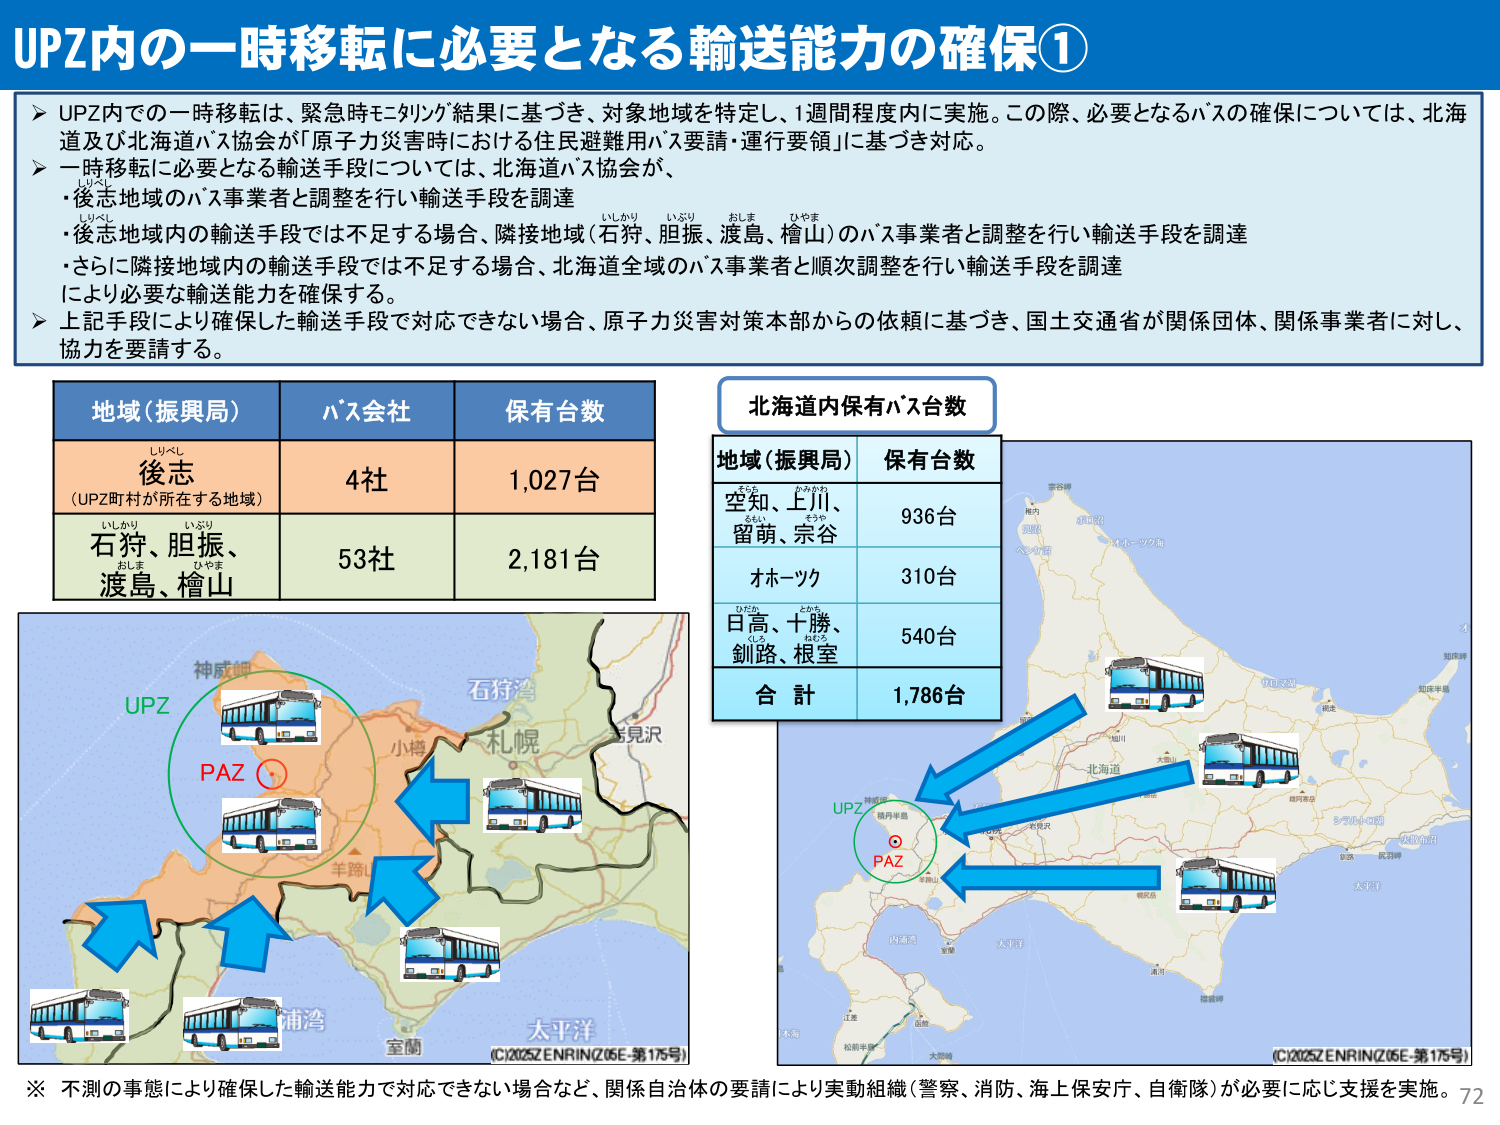
UPZ内の一時移転に必要となる輸送能力の確保①

➤ UPZ内での一時移転は、緊急時モニタリング結果に基づき、対象地域を特定し、1週間程度内に実施。この際、必要となるバスの確保については、北海道及び北海道バス協会が「原子力災害時における住民避難用バス要請・運行要領」に基づき対応。

➤ 一時移転に必要となる輸送手段については、北海道バス協会が、
・後志地域のバス事業者と調整を行い輸送手段を調達
・後志地域内の輸送手段では不足する場合、隣接地域（石狩、胆振、渡島、檜山）のバス事業者と調整を行い輸送手段を調達
・さらに隣接地域内の輸送手段では不足する場合、北海道全域のバス事業者と順次調整を行い輸送手段を調達
により必要な輸送能力を確保する。

➤ 上記手段により確保した輸送手段で対応できない場合、原子力災害対策本部からの依頼に基づき、国土交通省が関係団体、関係事業者に対し、協力を要請する。

地域（振興局）　バス会社　保有台数
後志（UPZ町村が所在する地域）　4社　1,027台
石狩、胆振、渡島、檜山　53社　2,181台

北海道内保有バス台数
地域（振興局）　保有台数
空知、上川、留萌、宗谷　936台
オホーツク　310台
日高、十勝、釧路、根室　540台
合計　1,786台

※ 不測の事態により確保した輸送能力で対応できない場合など、関係自治体の要請により実動組織（警察、消防、海上保安庁、自衛隊）が必要に応じ支援を実施。

(C)2025ZENRIN(Z05E-第175号)
72

（地図上に表示されている地名など）
神威岬
石狩湾
小樽
札幌
羊蹄山
浦湾
室蘭
太平洋
UPZ
PAZ
（地図右側）
知床半島
オホーツク海
釧路
根室
北海道
大雪山
十勝
日高
内浦湾
大平洋
江差
松前半島
大島
（地図左側）
神威岬
小樽
札幌
羊蹄山
浦湾
室蘭
太平洋
UPZ
PAZ

（バスのイラストに付随するラベル）
UPZ
PAZ

（地図下部の著作権表記）
(C)2025ZENRIN(Z05E-第175号)